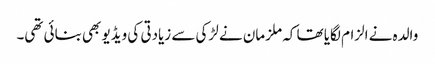
والدہ نے الزام لگایا تھا کہ ملزمان نے لڑکی سے زیادتی کی ویڈیو بھی بنائی تھی۔